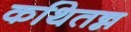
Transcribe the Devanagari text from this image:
कथितन्न